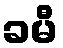
ခမီ